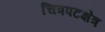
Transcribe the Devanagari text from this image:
चित्रपटक्षेत्र